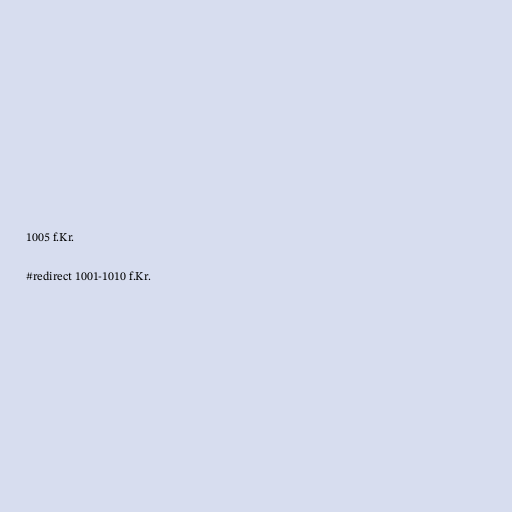
1005 f.Kr.

#redirect 1001-1010 f.Kr.